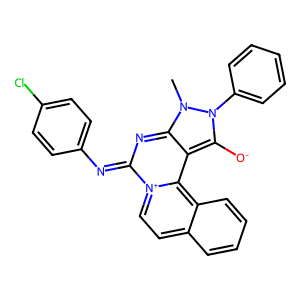
SMILES: Cn1c2nc(=Nc3ccc(Cl)cc3)[n+]3ccc4ccccc4c3c-2c([O-])n1-c1ccccc1
Inhibits HIV replication: No